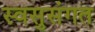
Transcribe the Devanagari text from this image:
स्वसुसंगत